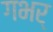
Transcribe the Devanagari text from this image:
गभर्